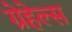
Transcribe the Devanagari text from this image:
ग्रेहेल्स